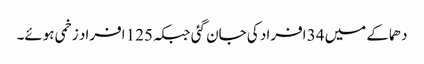
دھماکے میں 34 افراد کی جان گئی جبکہ 125 افراد زخمی ہوئے۔